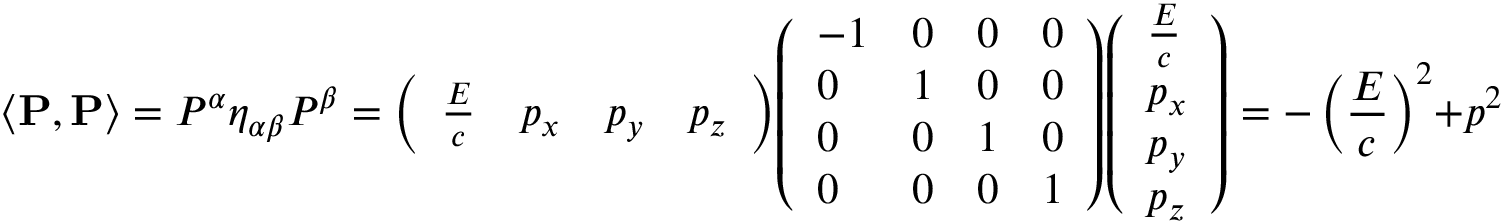
\left\langle \mathbf { P } , \mathbf { P } \right\rangle = P ^ { \alpha } \eta _ { \alpha \beta } P ^ { \beta } = { \left( \begin{array} { l l l l } { { \frac { E } { c } } } & { p _ { x } } & { p _ { y } } & { p _ { z } } \end{array} \right) } { \left( \begin{array} { l l l l } { - 1 } & { 0 } & { 0 } & { 0 } \\ { 0 } & { 1 } & { 0 } & { 0 } \\ { 0 } & { 0 } & { 1 } & { 0 } \\ { 0 } & { 0 } & { 0 } & { 1 } \end{array} \right) } { \left( \begin{array} { l } { { \frac { E } { c } } } \\ { p _ { x } } \\ { p _ { y } } \\ { p _ { z } } \end{array} \right) } = - \left( { \frac { E } { c } } \right) ^ { 2 } + p ^ { 2 } \, ,